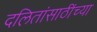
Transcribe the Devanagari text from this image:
दलितांसाठींच्या